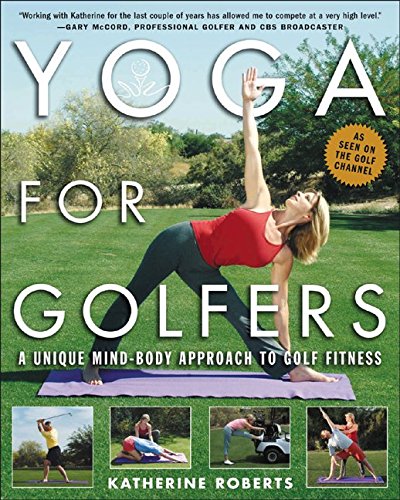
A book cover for Yoga for Golfers : A Unique Mind-Body Approach to Golf Fitness; Katherine Roberts; Sports & Outdoors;